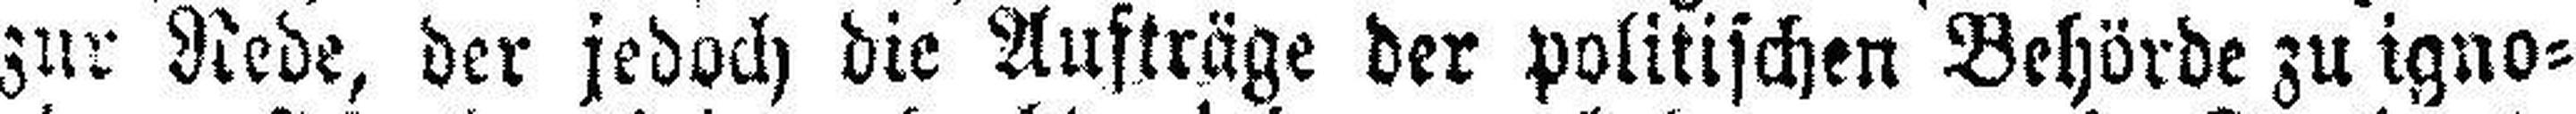
zur Rede, der jedoch die Aufträge der politischen Behörde zu igno¬